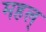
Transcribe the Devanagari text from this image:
महल्